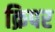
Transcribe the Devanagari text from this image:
क्रिपर